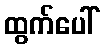
ထွက်ပေါ်